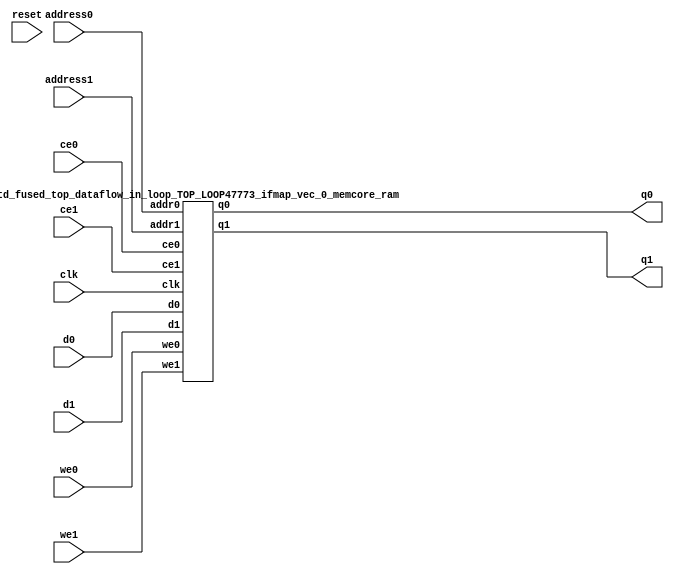
`define EXPONENT 5
`define MANTISSA 10
`define ACTUAL_MANTISSA 11
`define EXPONENT_LSB 10
`define EXPONENT_MSB 14
`define MANTISSA_LSB 0
`define MANTISSA_MSB 9
`define MANTISSA_MUL_SPLIT_LSB 3
`define MANTISSA_MUL_SPLIT_MSB 9
`define SIGN 1
`define SIGN_LOC 15
`define DWIDTH (`SIGN+`EXPONENT+`MANTISSA)
`define IEEE_COMPLIANCE 1

module td_fused_top_dataflow_in_loop_TOP_LOOP47773_ifmap_vec_0_memcore(
    reset,
    clk,
    address0,
    ce0,
    we0,
    d0,
    q0,
    address1,
    ce1,
    we1,
    d1,
    q1);

parameter DataWidth = 32'd16;
parameter AddressRange = 32'd288;
parameter AddressWidth = 32'd9;
input reset;
input clk;
input[AddressWidth - 1:0] address0;
input ce0;
input we0;
input[DataWidth - 1:0] d0;
output[DataWidth - 1:0] q0;
input[AddressWidth - 1:0] address1;
input ce1;
input we1;
input[DataWidth - 1:0] d1;
output[DataWidth - 1:0] q1;



td_fused_top_dataflow_in_loop_TOP_LOOP47773_ifmap_vec_0_memcore_ram td_fused_top_dataflow_in_loop_TOP_LOOP47773_ifmap_vec_0_memcore_ram_U(
    .clk( clk ),
    .addr0( address0 ),
    .ce0( ce0 ),
    .we0( we0 ),
    .d0( d0 ),
    .q0( q0 ),
    .addr1( address1 ),
    .ce1( ce1 ),
    .we1( we1 ),
    .d1( d1 ),
    .q1( q1 )
);

endmodule
module td_fused_top_dataflow_in_loop_TOP_LOOP47773_ifmap_vec_0_memcore_ram (addr0, ce0, d0, we0, q0, addr1, ce1, d1, we1, q1,  clk);

parameter DWIDTH = 16;
parameter AWIDTH = 9;
parameter MEM_SIZE = 288;

input[AWIDTH-1:0] addr0;
input ce0;
input[DWIDTH-1:0] d0;
input we0;
output reg[DWIDTH-1:0] q0;
input[AWIDTH-1:0] addr1;
input ce1;
input[DWIDTH-1:0] d1;
input we1;
output reg[DWIDTH-1:0] q1;
input clk;

reg [DWIDTH-1:0] ram[MEM_SIZE-1:0];




always @(posedge clk)  
begin 
    if (ce0) begin
        if (we0) 
            ram[addr0] <= d0; 
        q0 <= ram[addr0];
    end
end


always @(posedge clk)  
begin 
    if (ce1) begin
        if (we1) 
            ram[addr1] <= d1; 
        q1 <= ram[addr1];
    end
end


endmodule